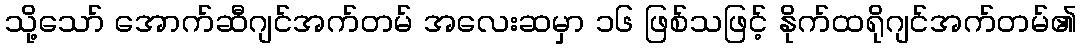
သို့သော် အောက်ဆီဂျင်အက်တမ် အလေးဆမှာ ၁၆ ဖြစ်သဖြင့် နိုက်ထရိုဂျင်အက်တမ်၏